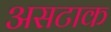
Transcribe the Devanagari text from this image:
असटाक